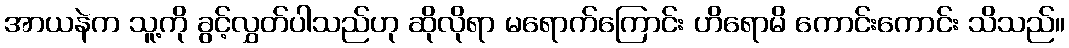
အာယနဲက သူ့ကို ခွင့်လွှတ်ပါသည်ဟု ဆိုလိုရာ မရောက်ကြောင်း ဟိရောမိ ကောင်းကောင်း သိသည်။